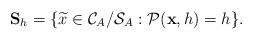
\begin{align*} \textbf{S}_h=\{\widetilde{x}\in \mathcal{C}_A/\mathcal{S}_A: \mathcal{P}(\textbf{x}, h)=h\}.\end{align*}